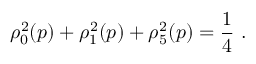
\rho _ { 0 } ^ { 2 } ( p ) + \rho _ { 1 } ^ { 2 } ( p ) + \rho _ { 5 } ^ { 2 } ( p ) = \frac { 1 } { 4 } \ .